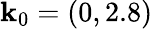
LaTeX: \mathbf{k}_{0}=(0,2.8)